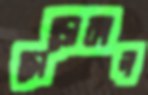
ছোডোকাল